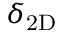
\ensuremath { \delta _ { \mathrm { 2 D } } }